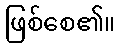
ဖြစ်စေ၏။